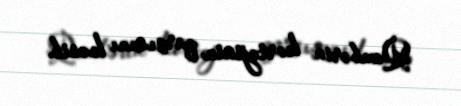
Qəmbərin kortejinin qarşısını kəsib.